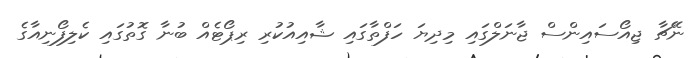
ނޭޗާ ޖިއޯސައިންސް ޖާނަލްގައި މިދިޔަ ހަފްތާގައި ޝާއިއުކުރި ރިޕޯޓެއް ބުނާ ގޮތުގައި ކެލިފޯނިއާގެ